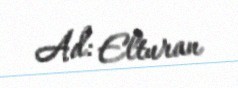
Ad: Elturan